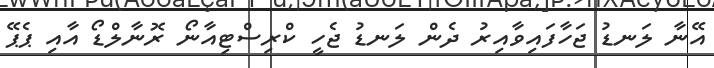
އޭނާ ލަނޑު ޖަހާފައިވާއިރު ދެން ލަނޑު ޖެހީ ކްރިސްޓިއާނޯ ރޮނާލްޑޯ އާއި ޕެޕޭ